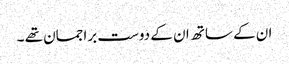
ان کے ساتھ ان کے دوست براجمان تھے ۔